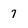
Character: 7